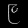
Digit: ၉